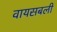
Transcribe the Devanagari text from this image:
वायसबली